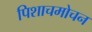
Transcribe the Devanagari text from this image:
पिशाचमोचन